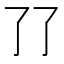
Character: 𰁒